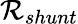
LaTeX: \mathcal{R}_{shunt}